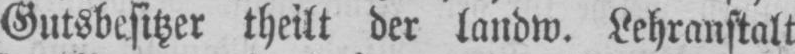
Gutsbesitzer theilt der landw. Lehranstalt